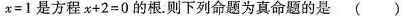
x = 1$$是方程$$x + 2 = 0$$的根。则下列命题为真命题的是( )